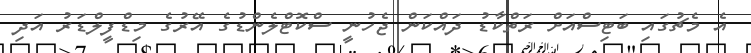
އެ މެޗުގައި ބަޓިސްއަށް ރަތްކާޑު ދައްކަން ޖެހުނީ ސްކޮޓްލެންޑުގެ އޭރުގެ މިޑްފީލްޑަރު އަދި